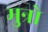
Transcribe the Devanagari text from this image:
मुन्रो